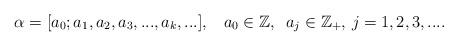
LaTeX: \begin{align*}\alpha = [a_0;a_1,a_2,a_3,...,a_k,...],\,\,\,\,\, a_0 \in \mathbb{Z},\,\,\, a_j \in \mathbb{Z}_+, \, j = 1,2,3,... .\end{align*}